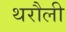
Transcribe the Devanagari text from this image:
थरौली